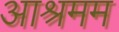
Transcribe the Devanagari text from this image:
आश्रमम